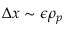
\Delta x \sim \epsilon \rho _ { p }